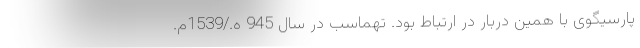
پارسیگوی با همین دربار در ارتباط بود. تهماسب در سال 945 ه./1539م.